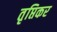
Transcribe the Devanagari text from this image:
तृप्तिकर